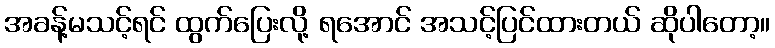
အခန့်မသင့်ရင် ထွက်ပြေးလို့ ရအောင် အသင့်ပြင်ထားတယ် ဆိုပါတော့။